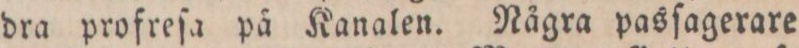
dra profreſa på Kanalen. Några pasſagerare